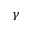
\gamma